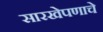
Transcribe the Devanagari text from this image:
सारखेपणाचे